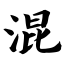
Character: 混